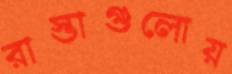
রাস্তাগুলোয়